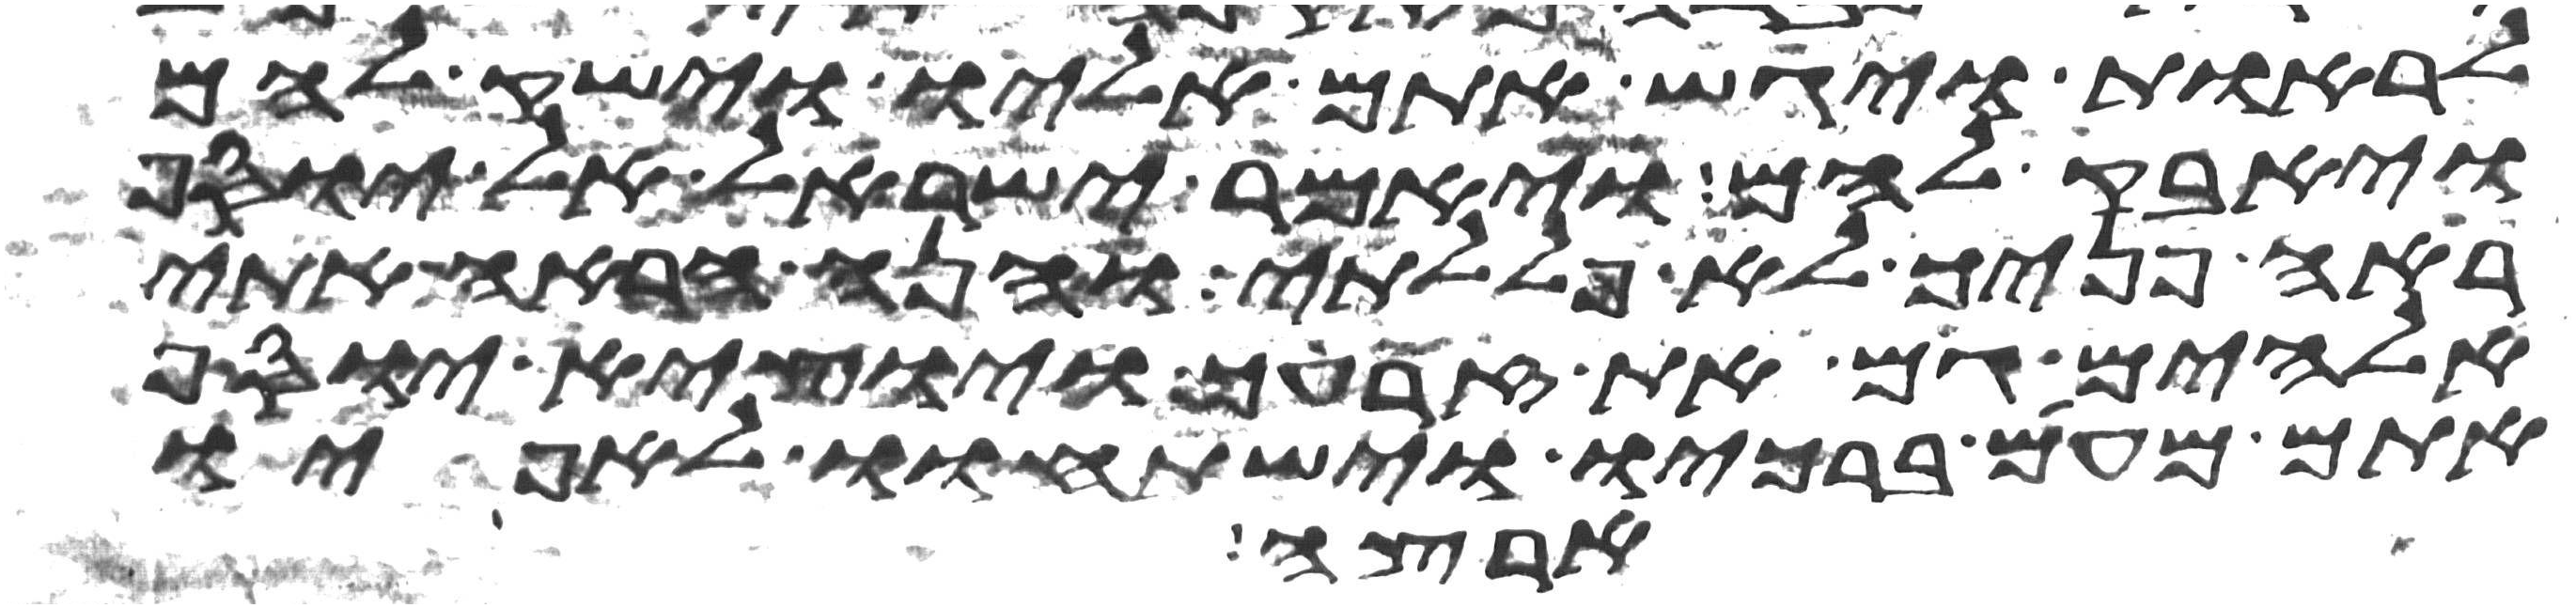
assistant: לראות ויגש אתם אליו וישק להם
ויחבק להם ויאמר ישראל אל יוסף
ראה פניך לא פללתי והנה הראה אתי
אלהים גם את זרעך ויוצא יוסף
אתם מעם ברכיו וישתחוו לאפיו
ארצה